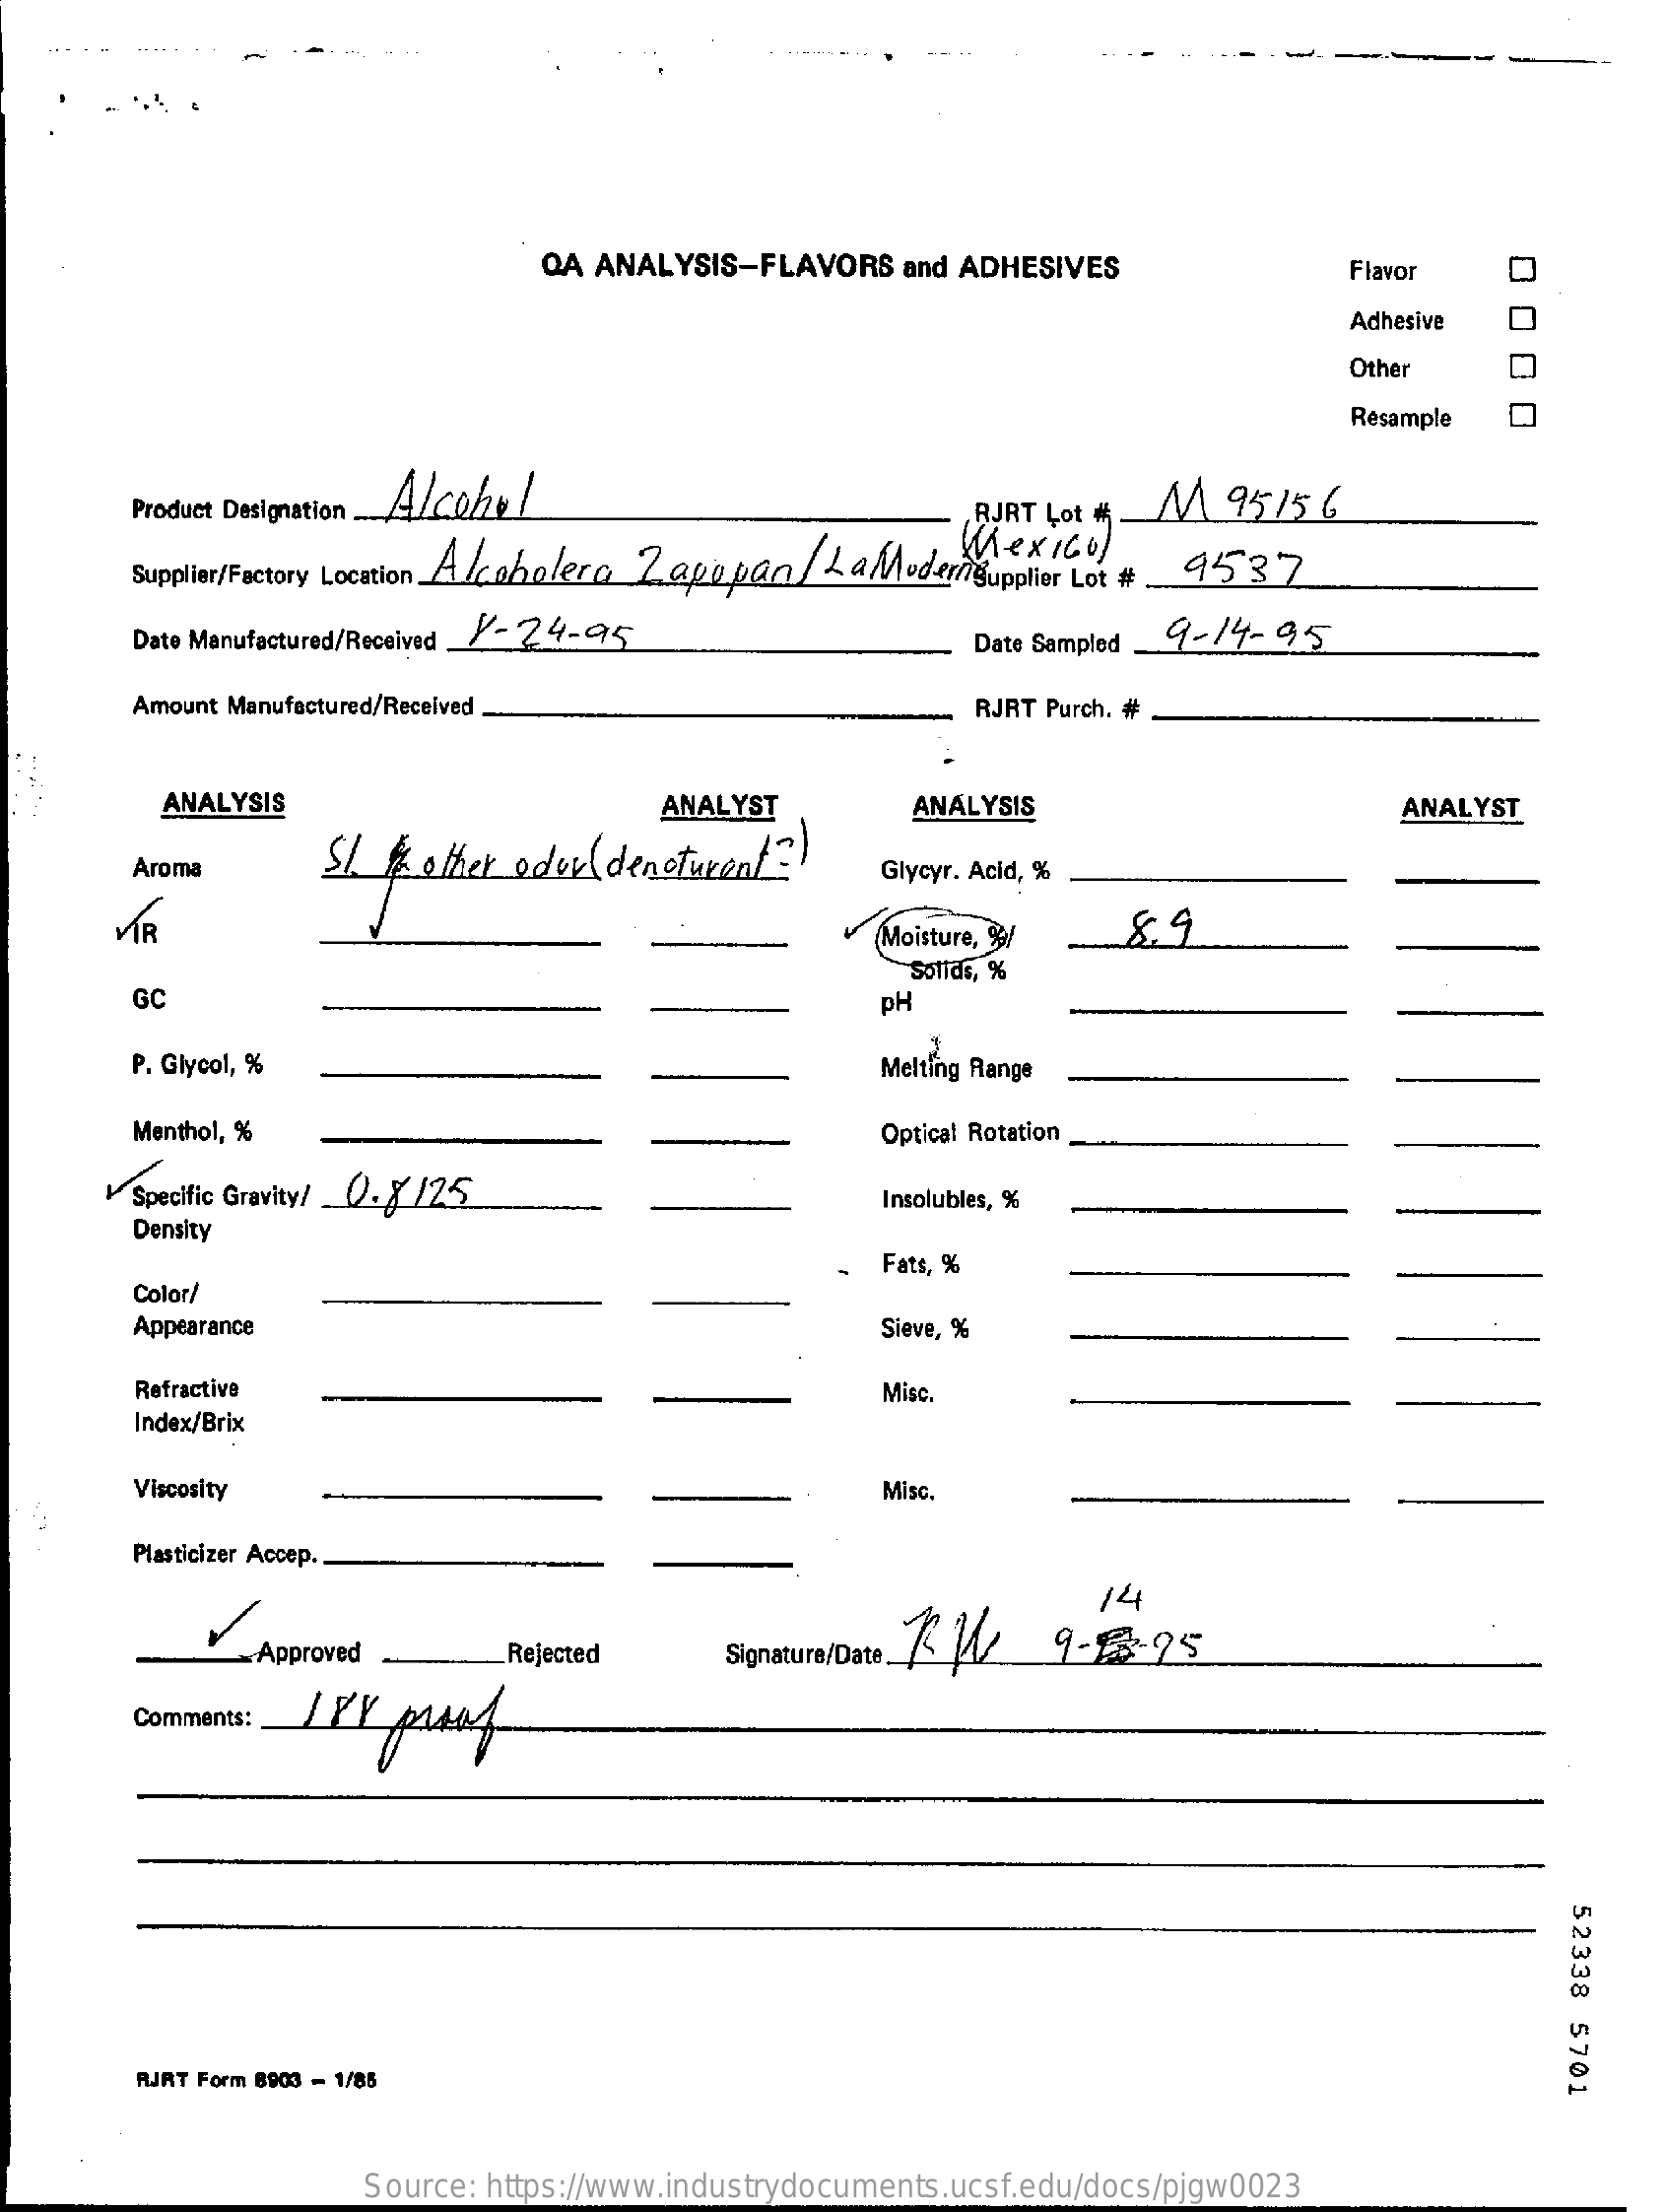
OA ANALYSIS-FLAVORS   and ADHESIVES
     000
     0
     Flavor
     Adhesive
     Other
     Resample
     Product Designation. Alcohol    RURT Lot #
     Supplier/Factory Location A cabolera Zapopan / LaModernsupplier Lot #
     Mexico)
     M   9515  6
     9537
     Date Manufactured/Received /-24-25    Date Sampled 9-14- 95
     Amount Manufactured/Received .    RJRT Purch. #
     ANALYSIS    ANALYST    ANALYSIS    ANALYST
     SI #  other eder ( denoturent ?!
     Aroma    Glycyr. Acid, %
     Moisture, 9y   8. 9
     GC
     Solids, %
     PH
     P. Glycol, %    Melting Range
     Menthol, %    Optical Rotation
     Specific Gravity/ 0.8 /25    Insolubles, %
     Density
     Fats, %
     Color/
     Appearance    Sieve, %
     Refractive    Misc.
     Index/Brix
     Viscosity    Misc
     Plasticizer Accep.
     Approved    Rejected    Signature/Date RW   9-595
     14
     Comments:  /L   pasos
     52338
     5701
     RJRT Form 8903 - 1/85
     Source: https://www.industrydocuments.ucsf.edu/docs/pjgw0023